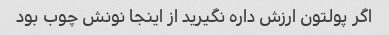
اگر پولتون ارزش داره نگیرید از اینجا نونش چوب بود